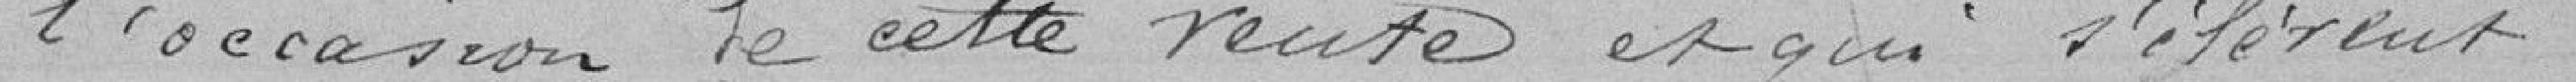
l'occasion de cette vente et qui s’élèvent